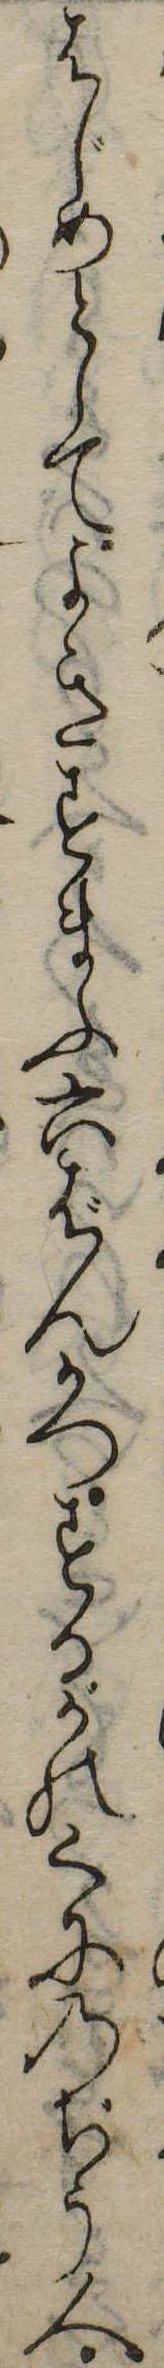
はじめとしてよきすまふ六ばんかつするがのくにのぢう人